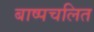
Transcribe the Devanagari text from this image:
बाष्पचलित